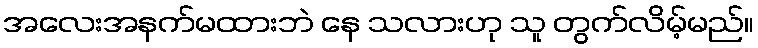
အလေးအနက်မထားဘဲ နေ သလားဟု သူ တွက်လိမ့်မည်။